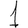
Digit: 1